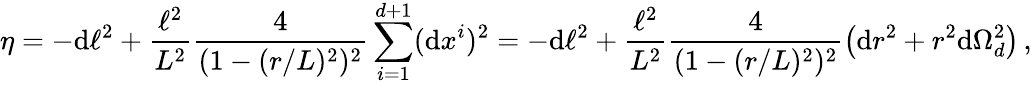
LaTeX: \eta=-\textnormal{d}\ell^{2}+\frac{\ell^{2}}{L^{2}}\frac{4}{(1-(r/L)^{2})^{2}}\sum_{i=1}^{d+1}(\textnormal{d}x^{i})^{2}=-\textnormal{d}\ell^{2}+\frac{\ell^{2}}{L^{2}}\frac{4}{(1-(r/L)^{2})^{2}}\left(\textnormal{d}r^{2}+r^{2}\textnormal{d}\Omega_{d}^{2}\right)\, ,